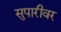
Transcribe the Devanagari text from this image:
सुपारीवर